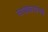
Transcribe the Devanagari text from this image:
साखळ्यांमधे